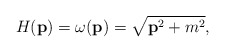
\begin{align*}H({\bf p})=\omega({\bf p})=\sqrt{{\bf p}^2+m^2},\end{align*}